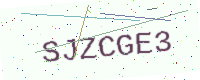
Text: SJZCGE3